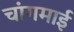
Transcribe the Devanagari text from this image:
चांगमाई